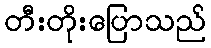
တီးတိုးပြောသည်